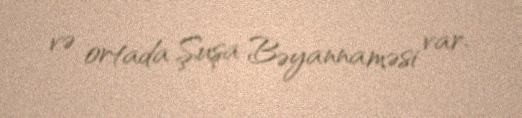
və ortada Şuşa Bəyannaməsi var.